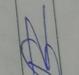
Signature authenticity: forged